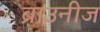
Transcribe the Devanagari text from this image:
ब्राउनीज